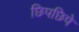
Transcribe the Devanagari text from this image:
छिपछिपे